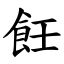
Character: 飪